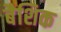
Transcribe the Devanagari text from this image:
बैशिक